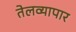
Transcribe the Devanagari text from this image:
तेलव्यापार